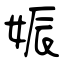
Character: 娠